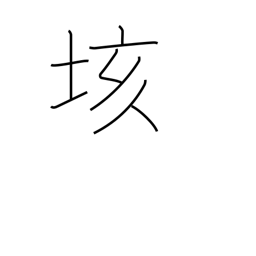
Meaning: hundred quintillion